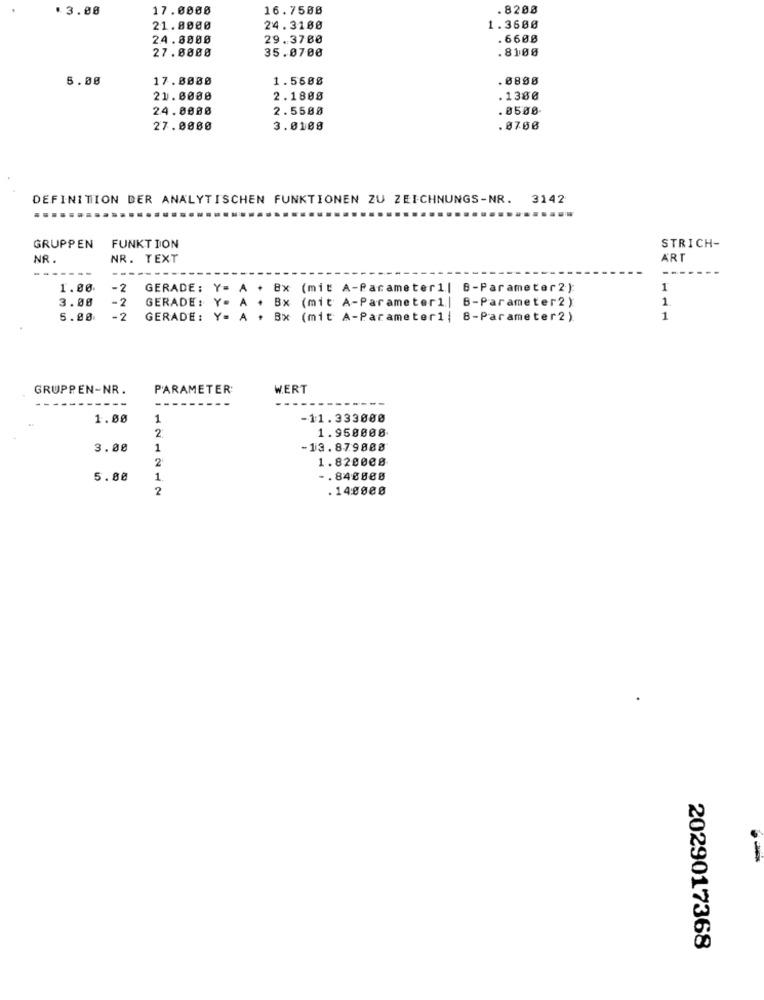
*3.00
17.0000
16.7508
.8208
21.8000
24.3100
1.3600
24.8800
29.3700
. 6600
27.0000
35.0700
.8100
5.00
17.0000
1.5688
. 0888
21.0000
2.1808
.1380
24.8008
2.5500
. 0500
27.0000
3.0108
.8708
DEFINITION DER ANALYTISCHEN FUNKTIONEN ZU ZEICHNUNGS-NR. 3142
........
GRUPPEN FUNKTION
STRICH-
NR.
NR. TEXT
ART
1.00
-2
GERADE: Y= A + 8x (mit A-Parameter1| B-Parameter2):
1
3.00
-2
GERADE: Y= A + Bx (mit A-Parameter1| B-Parameter2)
1.
5.00
-2
GERADE: Y= A + Bx (mit A-Parameter1 | 8-Parameter2)
1
GRUPPEN-NR.
PARAMETER
WERT
1.00
1
-11.333000
1.958008
3.00
1
-13.879888
2
1.820008
5.00
1.
-. 840888
2
.14:0000
2029017368